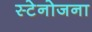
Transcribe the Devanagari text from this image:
स्टेनोजना